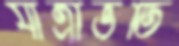
যাত্রীভর্তি